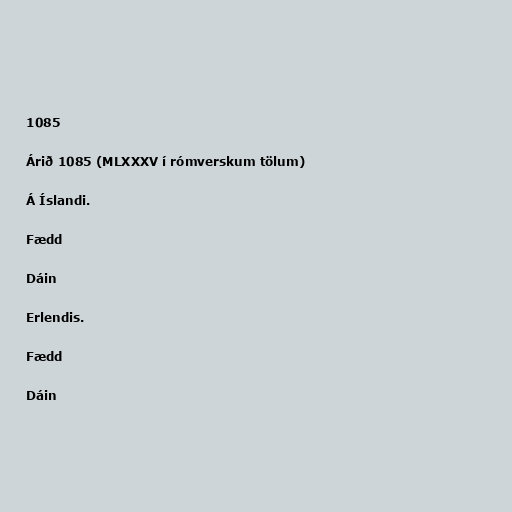
1085

Árið 1085 (MLXXXV í rómverskum tölum)

Á Íslandi.

Fædd

Dáin

Erlendis.

Fædd

Dáin